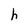
Character: h